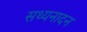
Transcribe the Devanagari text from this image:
सथ्यनादन